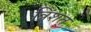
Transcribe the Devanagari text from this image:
त्रिंशत्